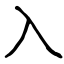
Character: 入